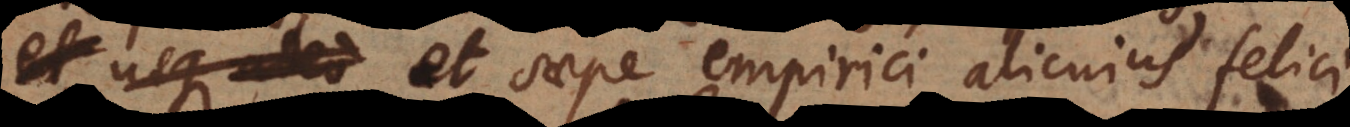
et saepe empirici alicujus felici